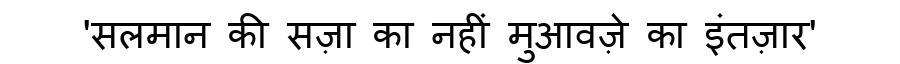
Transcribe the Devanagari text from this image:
'सलमान की सज़ा का नहीं मुआवज़े का इंतज़ार'